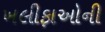
ખલીફાઓની